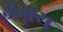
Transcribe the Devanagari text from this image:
अग्नय